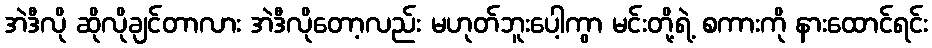
အဲဒီလို ဆိုလိုချင်တာလား အဲဒီလိုတော့လည်း မဟုတ်ဘူးပေါ့ကွာ မင်းတို့ရဲ့ စကားကို နားထောင်ရင်း